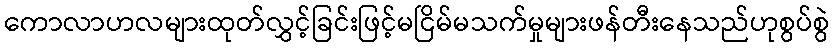
ကောလာဟလများထုတ်လွှင့်ခြင်းဖြင့်မငြိမ်မသက်မှုများဖန်တီးနေသည်ဟုစွပ်စွဲ